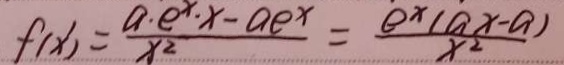
f ( x ) ^ { \prime } = \frac { a \cdot e ^ { x } \cdot x - a e ^ { x } } { x ^ { 2 } } = \frac { e ^ { x } ( a x - a ) } { x ^ { 2 } }